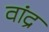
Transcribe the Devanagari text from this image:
वांद्र